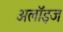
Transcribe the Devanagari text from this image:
अलॉइज